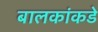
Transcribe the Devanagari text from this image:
बालकांकडे